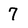
Character: 7